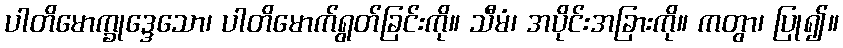
ပါတိမောက္ခုဒ္ဒေသော၊ ပါတိမောက်ရွတ်ခြင်းကို။ သီမံ၊ အပိုင်းအခြားကို။ ကတွာ၊ ပြု၍။